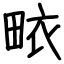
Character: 畩